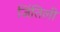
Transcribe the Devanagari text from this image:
जिंतिली